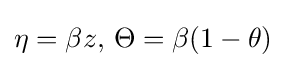
\eta =\beta z,\,\Theta =\beta (1-\theta )